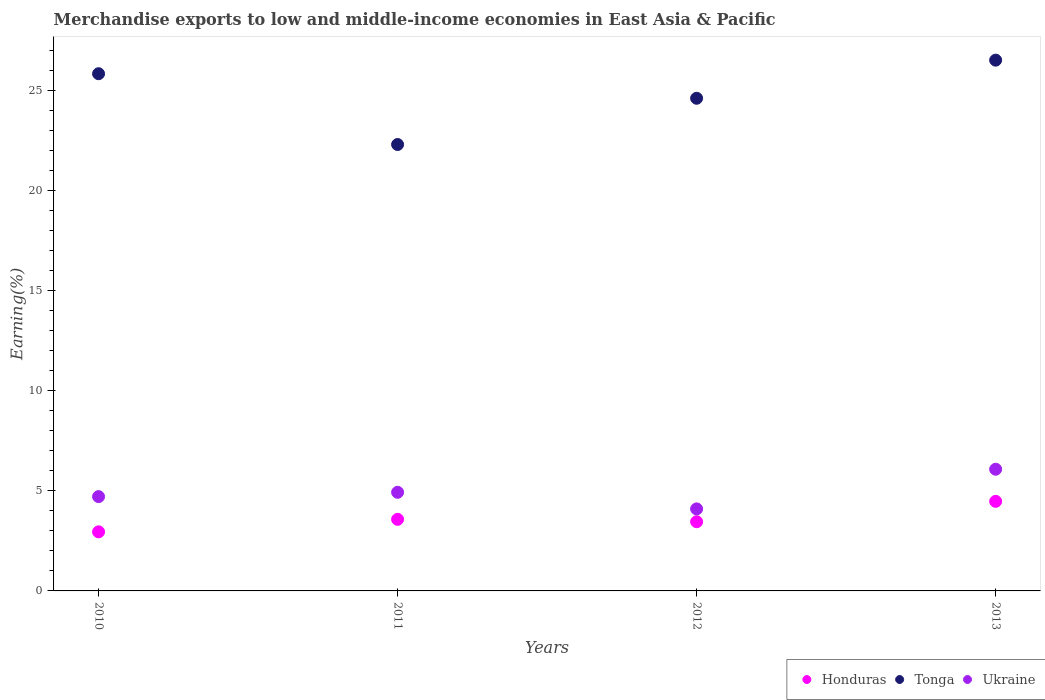
| Years | Honduras | Tonga | Ukraine |
 | --- | --- | --- | --- |
 | 2010 | 2.95 | 25.8 | 4.71 |
 | 2011 | 3.57 | 22.3 | 4.92 |
 | 2012 | 3.45 | 24.6 | 4.09 |
 | 2013 | 4.47 | 26.5 | 6.07 |